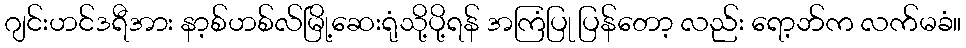
ဂျင်းဟင်ဒရီအား နာ့စ်ဟစ်လ်မြို့ဆေးရုံသို့ပို့ရန် အကြံပြု ပြန်တော့ လည်း ရော့ဘ်က လက်မခံ။